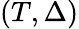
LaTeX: (T,\Delta)